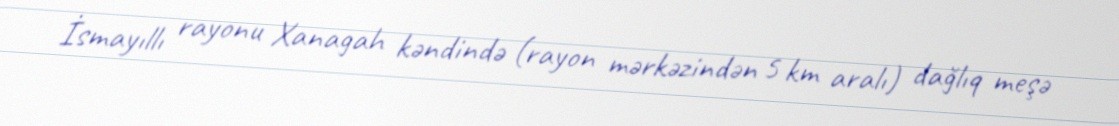
İsmayıllı rayonu Xanagah kəndində (rayon mərkəzindən 5 km aralı) dağlıq meşə